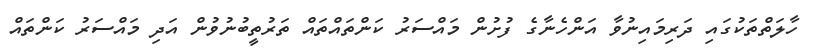
ހާލަތްތަކުގައި ދަރިމައިނުވާ އަންހެނާގެ ފުށުން މައްސަރު ކަންތައްތައް ތަރުތީބުނުވުން އަދި މައްސަރު ކަންތައް